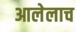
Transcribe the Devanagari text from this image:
आलेलाच